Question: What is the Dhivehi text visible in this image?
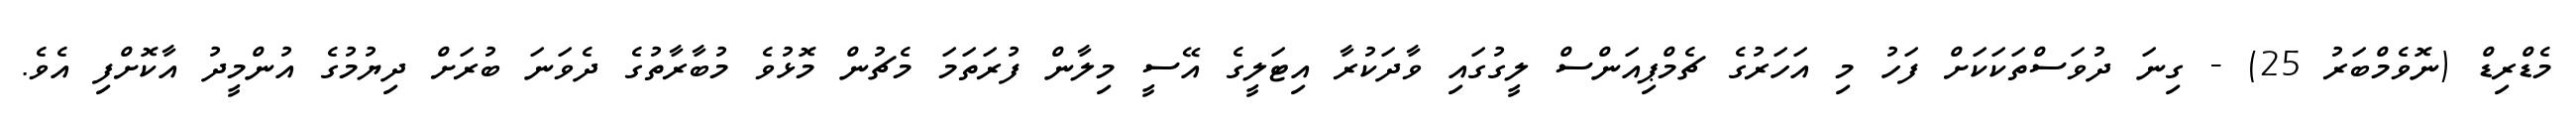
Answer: މެޑްރިޑް (ނޮވެމްބަރު 25) - ގިނަ ދުވަސްތަކަކަށް ފަހު މި އަހަރުގެ ޗެމްޕިއަންސް ލީގުގައި ވާދަކުރާ އިޓަލީގެ އޭސީ މިލާން ފުރަތަމަ މެޗުން މޮޅުވެ މުބާރާތުގެ ދެވަނަ ބުރަށް ދިޔުމުގެ އުންމީދު އާކޮށްފި އެވެ.